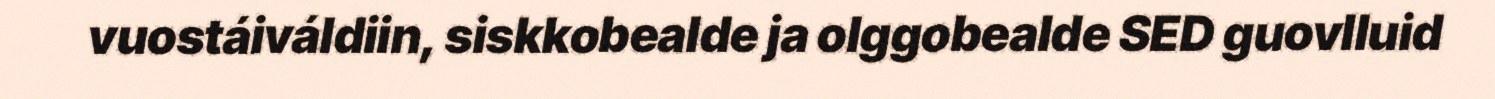
vuostáiváldiin, siskkobealde ja olggobealde SED guovlluid